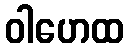
ဝါဟေထ